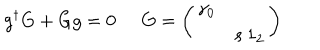
LaTeX: g ^ { \dagger } G + G g = 0 \; \; G = \left( \begin{array} { c c } { { \gamma _ { 0 } } } & { { } } \\ { { } } & { { s \: 1 _ { 2 } } } \\ \end{array} \right)